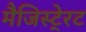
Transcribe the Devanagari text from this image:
मैजिस्टे्रट